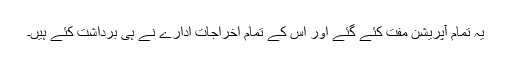
یہ تمام آپریشن مفت کئے گئے اور اس کے تمام اخراجات ادارے نے ہی برداشت کئے ہیں۔